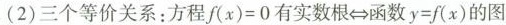
(2)三个等价关系：方程$$f ( x ) = 0$$有实数根\Leftrightarrow函数$$y = f ( x )$$的图